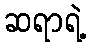
ဆရာရဲ့